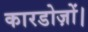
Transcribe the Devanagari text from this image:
कारडोज़ों।